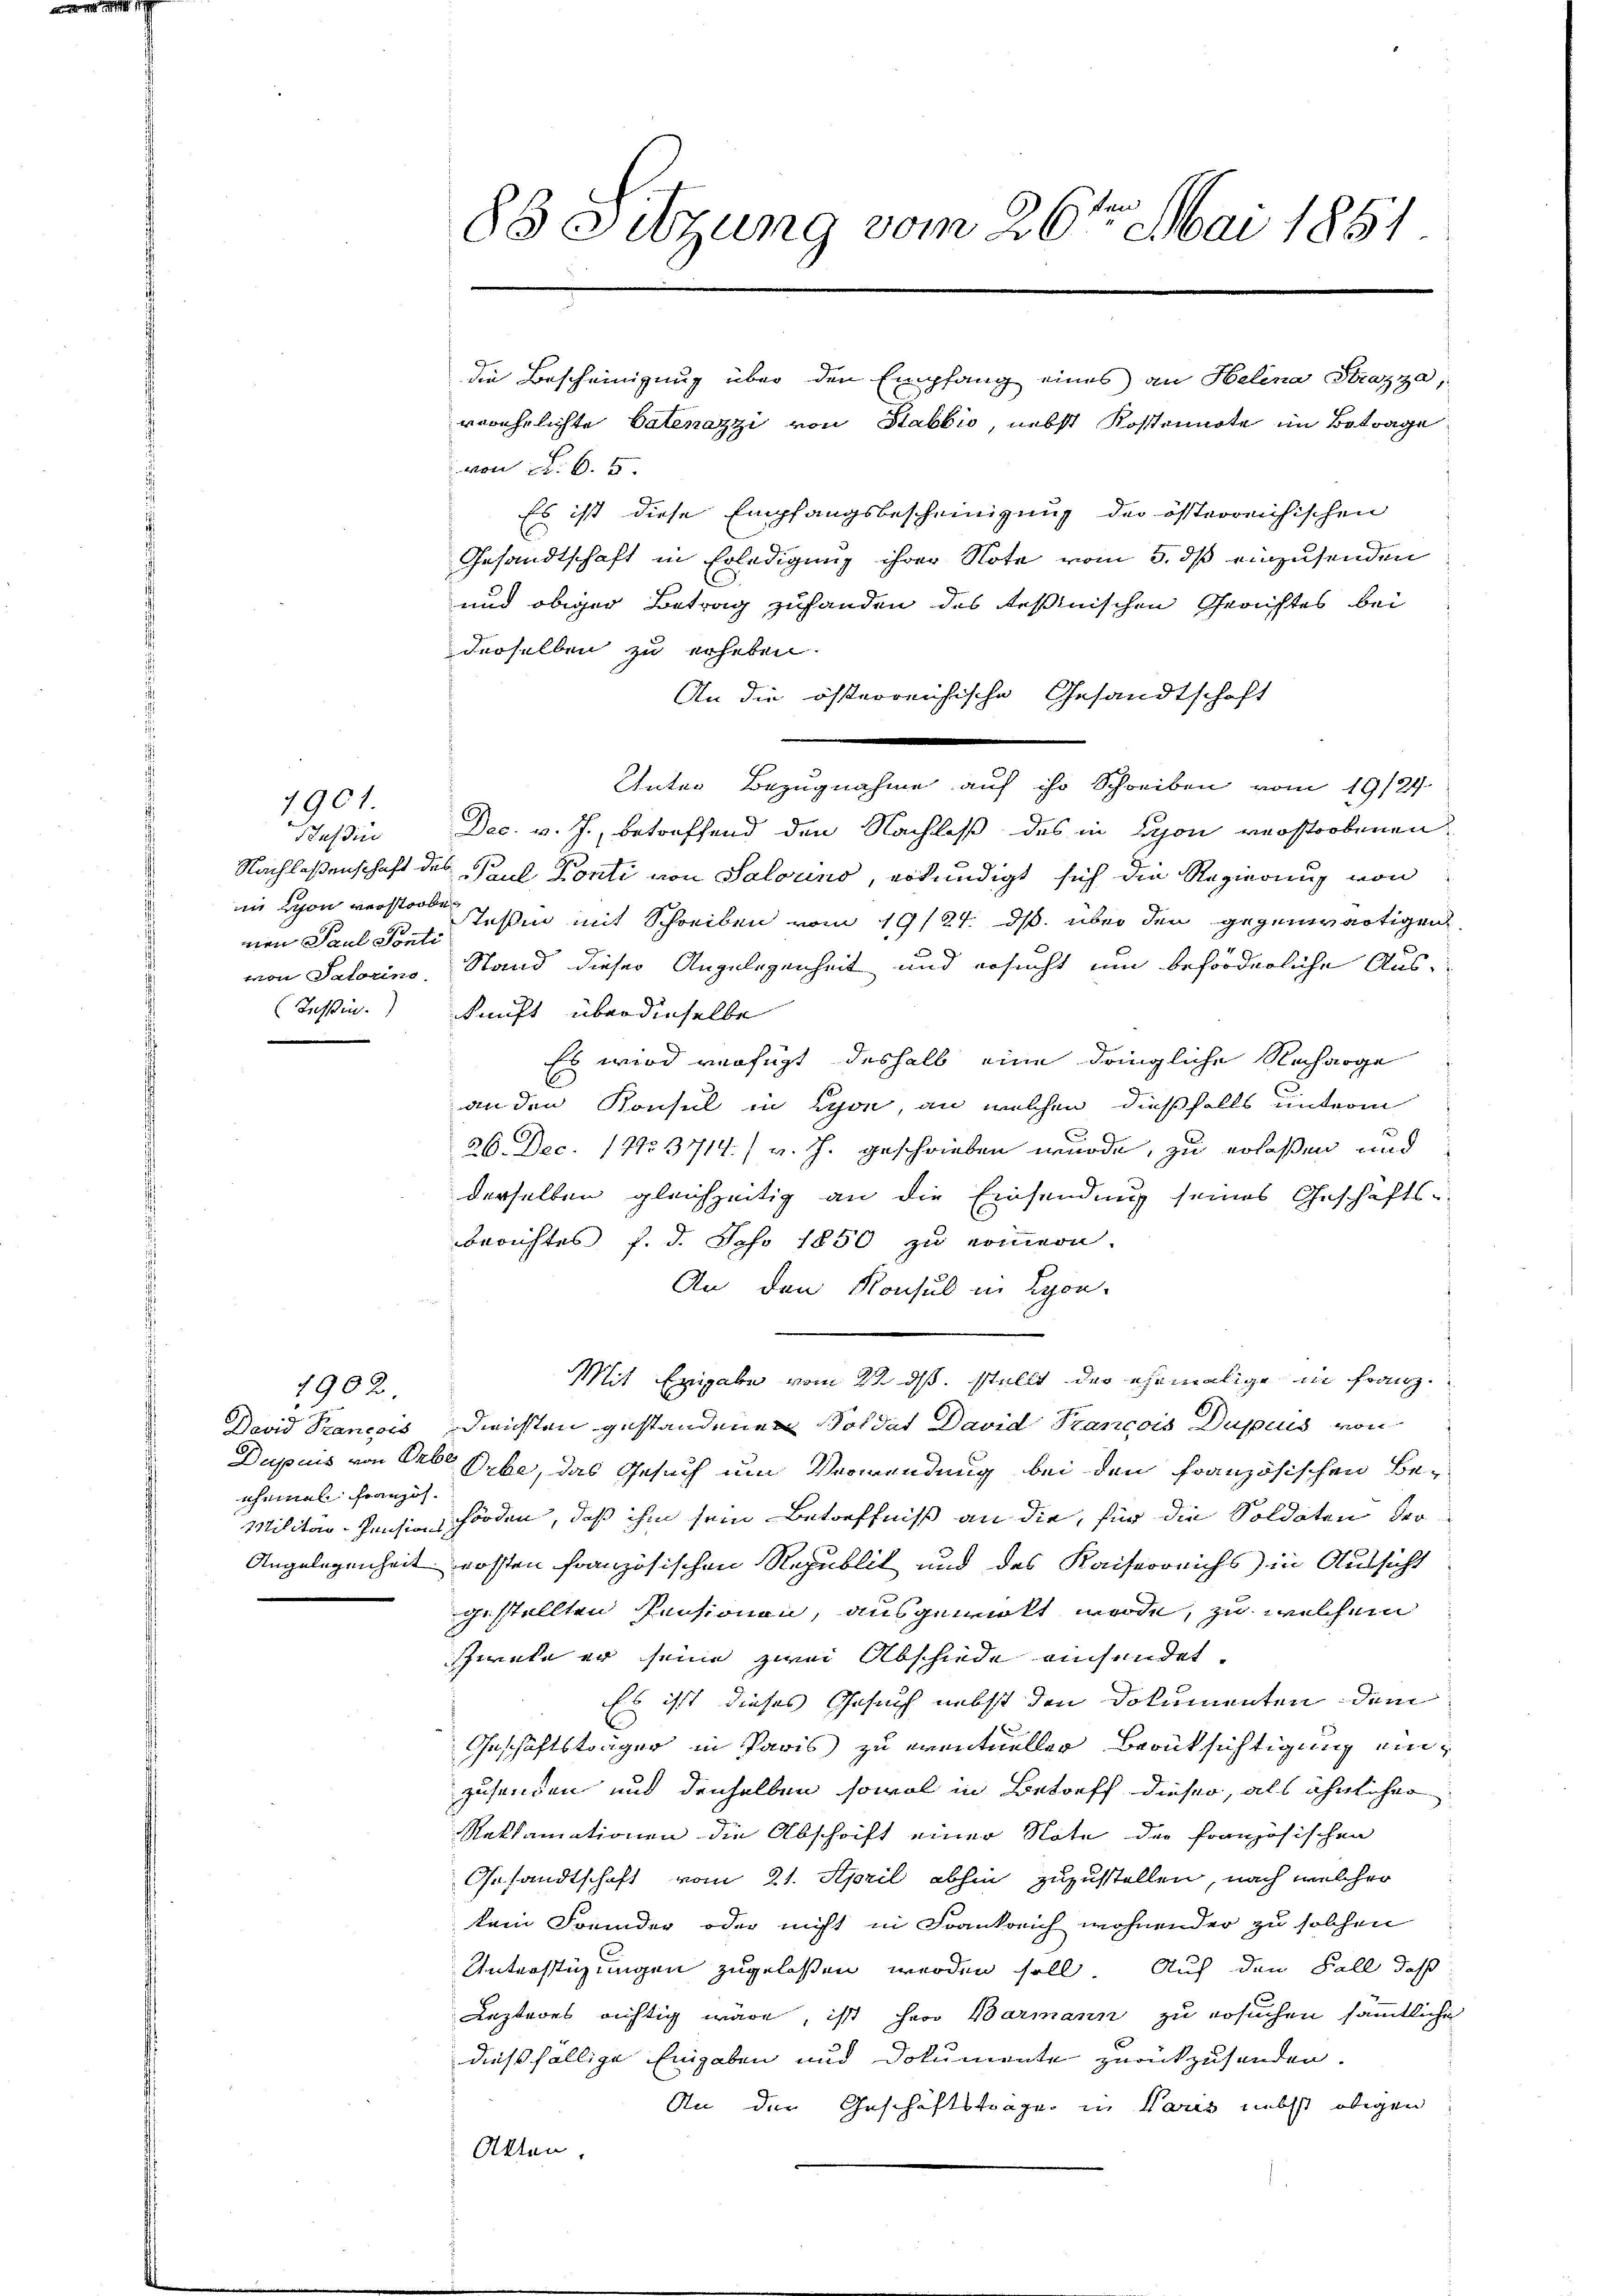
1901.

Tessin
ii von verstorbe
mien Paul Sonti
von Salorino.

David Pancois
Dupuis von Obe
ihnmal französ.
Militar-Pensions
Angelegenheit.

1902.

86 Sitzung vom 26ten Mai 1851
die Bescheinigung über den Empfang eines an Helena Strazza,
verehrlichte Valenazzi von Stabbio, nebst Kostennote im Betrage

von Fr. 6. 5.
Es ist diese Empfangsbescheinigung der österreichischen
E
Gesandtschaft in Erledigung ihrer Note vom 5. dß einzusenden
und obiger Betrag zufanden des Tessinischen Gerichtes bei
derselben zu erheben.
An die österreichische Gesandtschaft
Unter Bezugnahme auf ihr Schreiben vom 19/24.
Dec. v. J., betreffend den Nachlaß des in Lyon verstorbenen
Nachlassenschaft des Paul Konti von Salorino, erkundigt sich die Regierung von
stehen mit Schreiben vom 19/24. ds. über den gegenwärtigen
d
Stand dieser Angelegenheit und ersucht um beförderliche Aus-
Tessin kunft überdieselbe
Es wird verfügt deshalb eine dringliche Nacharge
an den Konsul in Lyon, an welchen dießfalls unterm
26. Dec. 1815. 3714. / v. J. geschrieben wurde, zu erlaßen und
derselben gleichzeitig an die Einsendung seines Geschäftsberichtes f. d. Sofo 1850 zu erinnern.
An den Konsul in Lyon-
Mit Eingabe vom 22. ds. stellt der ehemalige in Franz
Diensten gestandenen Soldat David Trancois Dupiis von
Orbe, das Gesuch um Verwendung bei den Französischen Behörden, daß ihm sein Betreffniß an die, für die Soldaten der
kosten französischen Republik und des Kaiserreichs in Aussicht
gestellten Pensionen, ausgewalt werde, zu welchem
Zweke er seine zwei Abschiede einsendet.
Es ist dieses Gesuch nebst den Dokumenten dem
Geschäftsträger in Paris zu eventueller Berücksichtigung einzusenden und denselben sowol in Betreff dieser, als ähnlicher
Reklamationen die Abschrift einer Note der französischen
Gesandtschaft vom 21. April abhin zuzustellen, nach welcher
kein Fremder oder nicht in Frankreich wohnender zu solchen
Unterstüzungen zugelassen werden soll. Auch den Fall, daß
Lezteres richtig wäre, ist herr Barmann zu ersuchen sämmtliche
dießfällige Eingaben und Dokumente zurückzusenden.
An den Geschäftsträger in Paris nebst obigen
Akten.